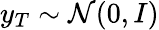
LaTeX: y_{T}\sim\mathcal{N}(0,I)